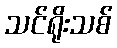
သင်ရိုးသစ်